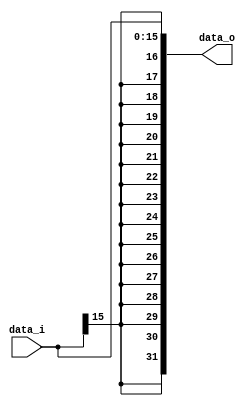
module Sign_Extend(data_i, data_o);
	input [15:0] data_i;
	output [31:0] data_o;
	// type
	reg [31:0] data_o;
	integer i;
	always @(data_i) begin
		// copy highest bit
		for(i = 16; i < 32; i=i+1) begin
			data_o[i] = data_i[15];
		end
		data_o[15:0] = data_i[15:0];
	end
endmodule